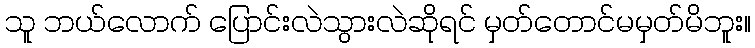
သူ ဘယ်လောက် ပြောင်းလဲသွားလဲဆိုရင် မှတ်တောင်မမှတ်မိဘူး။